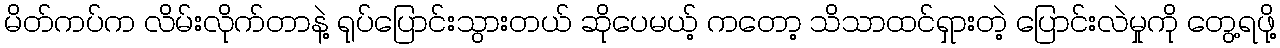
မိတ်ကပ်က လိမ်းလိုက်တာနဲ့ ရုပ်ပြောင်းသွားတယ် ဆိုပေမယ့် ကတော့ သိသာထင်ရှားတဲ့ ပြောင်းလဲမှုကို တွေ့ရဖို့